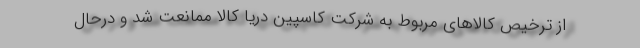
از ترخیص کالا‌های مربوط به شرکت کاسپین دریا کالا ممانعت شد و درحال